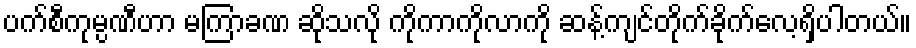
ပက်စီကုမ္ပဏီဟာ မကြာခဏ ဆိုသလို ကိုကာကိုလာကို ဆန့်ကျင်တိုက်ခိုက်လေ့ရှိပါတယ်။